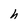
Character: h